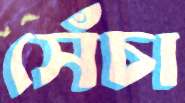
সেঁচা